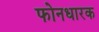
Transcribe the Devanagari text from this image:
फोनधारक